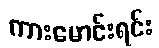
ကားမောင်းရင်း